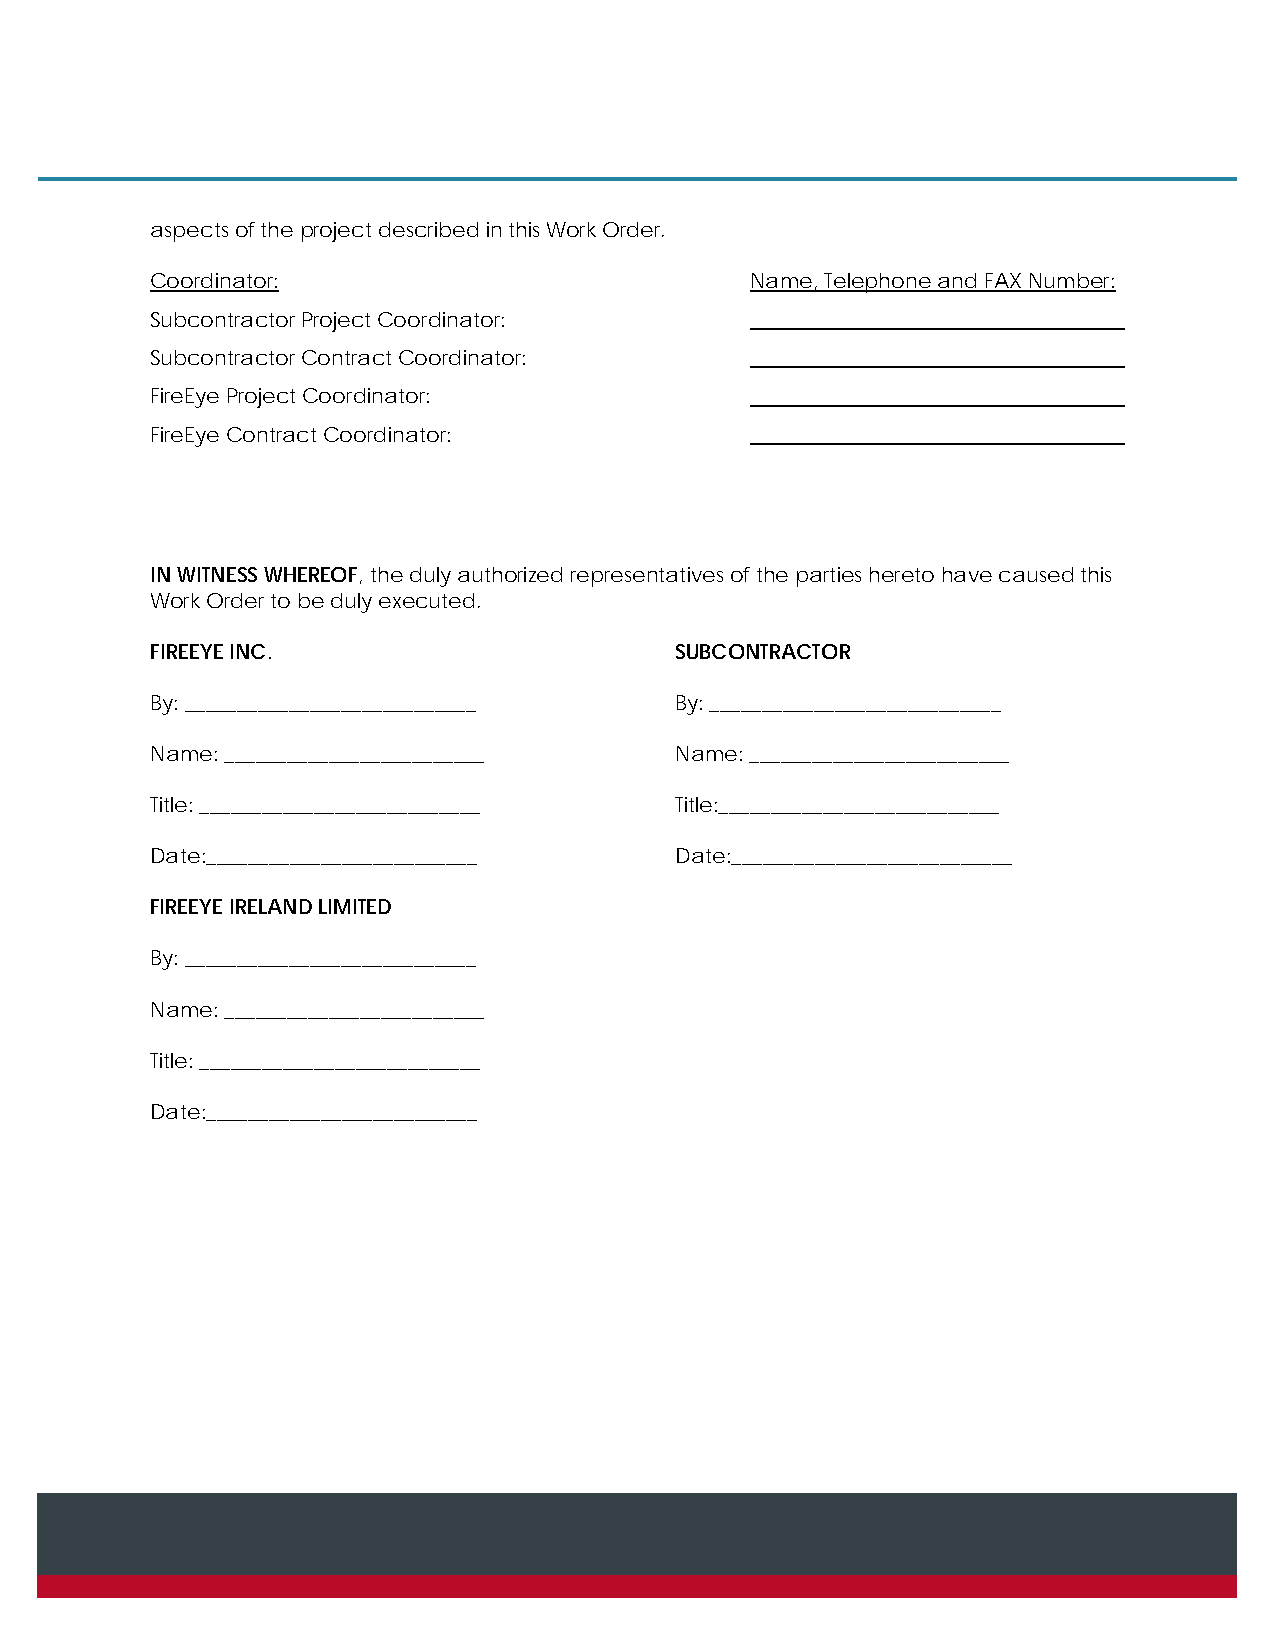
aspects of the project described in this Work Order.
 Coordinator:                            Name, Telephone and FAX Number:
 Subcontractor Project Coordinator:
 Subcontractor Contract Coordinator:
 FireEye Project Coordinator:
 FireEye Contract Coordinator:
 IN WITNESS WHEREOF, the duly authorized representatives of the parties hereto have caused this
 Work Order to be duly executed.
 FIREEYE INC.                       SUBCONTRACTOR
 By: ____________________________   By: ____________________________
 Name: _________________________    Name: _________________________
 Title: ___________________________ Title:___________________________
 Date:__________________________    Date:___________________________
 FIREEYE IRELAND LIMITED
 By: ____________________________
 Name: _________________________
 Title: ___________________________
 Date:__________________________